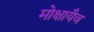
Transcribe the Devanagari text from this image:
मोक्षायैव